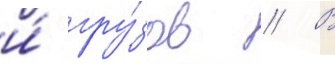
и́ гру́зов // В